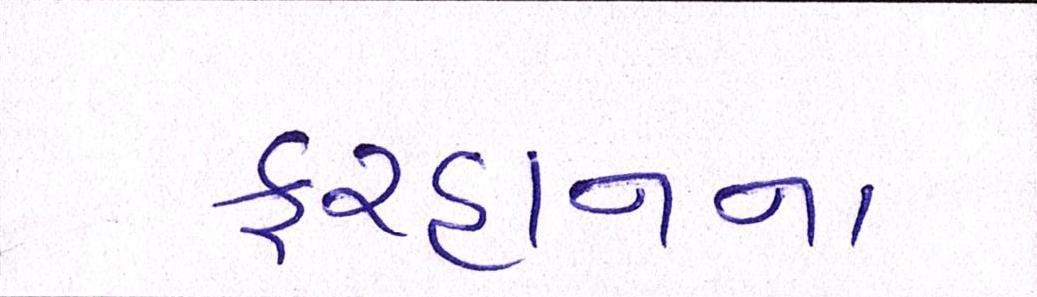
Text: ફરહાનના